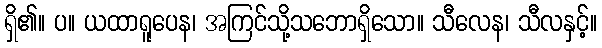
ရှိ၏။ ပ။ ယထာရူပေန၊ အကြင်သို့သဘောရှိသော။ သီလေန၊ သီလနှင့်။